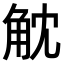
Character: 𧣁